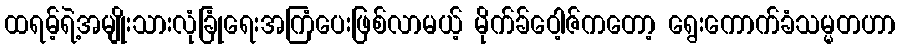
ထရမ့်ရဲ့အမျိုးသားလုံခြုံရေးအကြံပေးဖြစ်လာမယ့် မိုက်ခ်ဝေါ့ဇ်ကတော့ ရွေးကောက်ခံသမ္မတဟာ